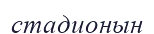
стадионын